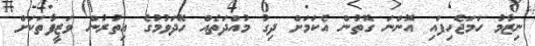
ނިޒާމު ހަމަޖެހިފައި އޮންނަ ގޮތުން އެކަމަށް ދިގު މުއްދަތެއް ހޭދަވުމުގެ އިތުރުން ވަޒީފާތަކަށް